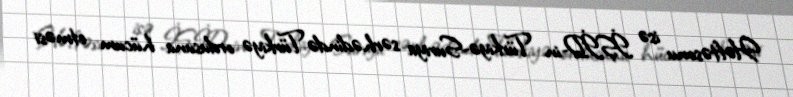
Həftəsonu isə İŞİD-in Türkiyə-Suriya sərhədində Türkiyə ordusuna hücum etməsi